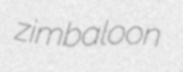
zimbaloon